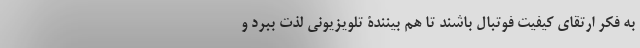
به فکر ارتقای کیفیت فوتبال باشند تا هم بینندۀ تلویزیونی لذت ببرد و